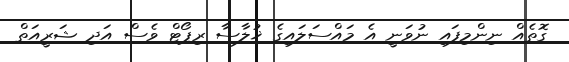
ގޮތެއް ނިންމިފައި ނުވަނީ އެ މައްސަލައިގެ ޚުލާސާ ރިޕޯޓް ވެސް އަދި ޝަރީއަތް